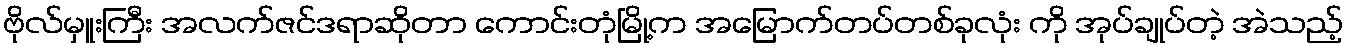
ဗိုလ်မှူးကြီး အလက်ဇင်ဒရာဆိုတာ ကောင်းတုံမြို့က အမြောက်တပ်တစ်ခုလုံး ကို အုပ်ချုပ်တဲ့ အဲသည့်